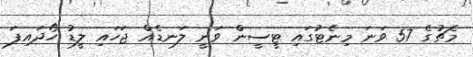
މެޗުގެ 57 ވަނަ މިނެޓުގައި ޓީސީން ވަނީ ލަނޑެއް ޖަހައި ލީޑު ހޯދައިފަ